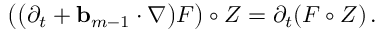
\bigl ( \bigl ( \partial _ { t } + \ensuremath { \mathbf { b } } _ { m - 1 } \cdot \nabla \bigr ) F \bigr ) \circ Z = \partial _ { t } ( F \circ Z ) \, .